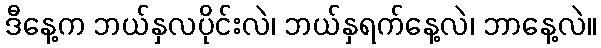
ဒီနေ့က ဘယ်နှလပိုင်းလဲ၊ ဘယ်နှရက်နေ့လဲ၊ ဘာနေ့လဲ။